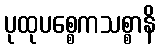
ပုထုပစ္စေကသစ္စာနိ